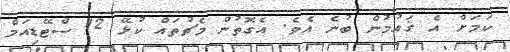
ކަމަށް އެ ޤައުމުން ބުނެ އެވެ. އެގޮތުން މެޗުތައް ކުޅޭ 12 ސްޓޭޑިއަމް